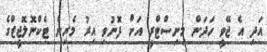
އަދި އެ ޖޭވީ ހަދަން މިނިސްޓްރީ އަށް ފޮނުވި އިރު މެރިން ޓެކްނޮލޮޖީޒްގެ